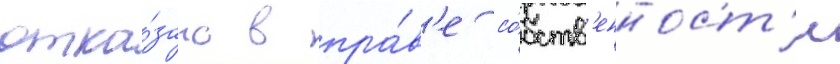
отка́зано в пра́в'е со́бств'енност'и